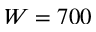
W = 7 0 0